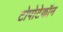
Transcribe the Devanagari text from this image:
टोपोटेकॉन